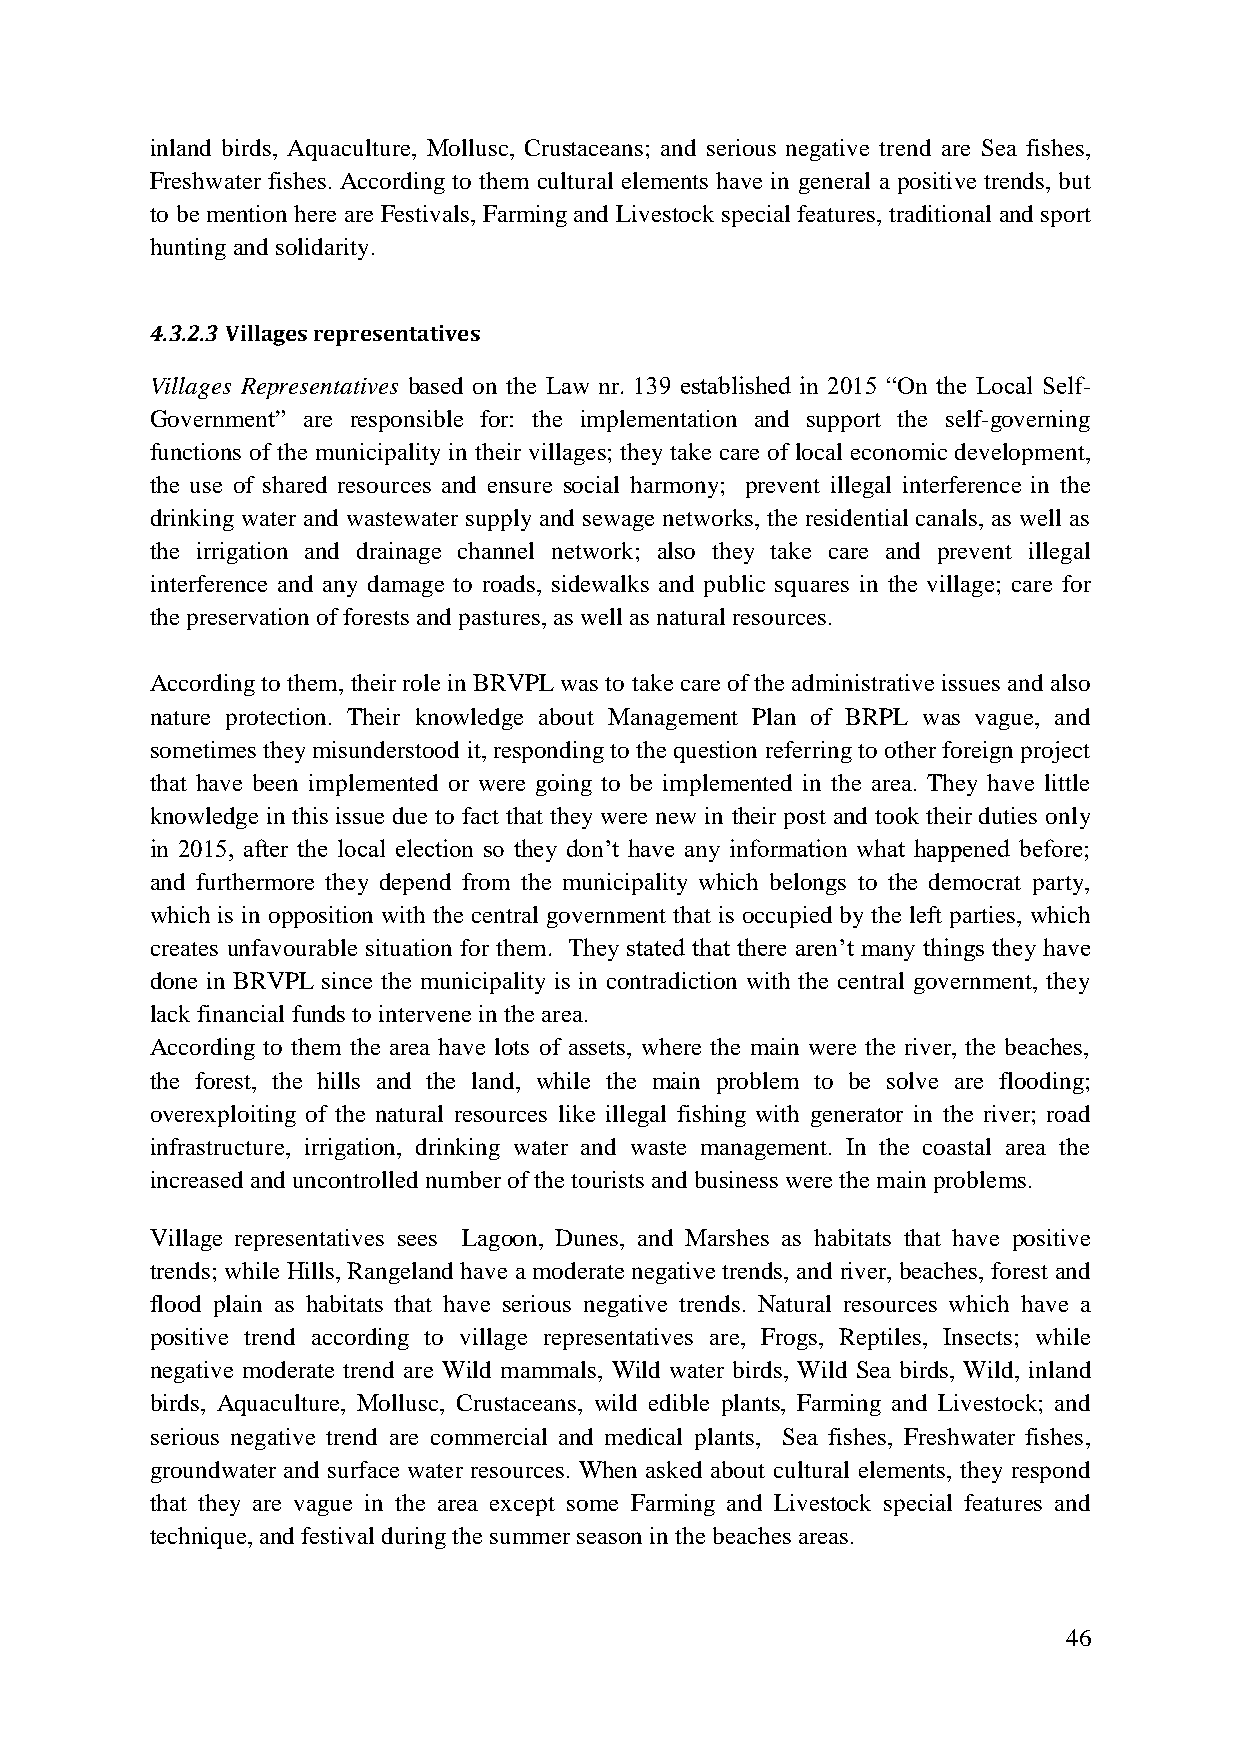
inland birds, Aquaculture, Mollusc, Crustaceans; and serious negative trend are Sea fishes,
 Freshwater fishes. According to them cultural elements have in general a positive trends, but
 to be mention here are Festivals, Farming and Livestock special features, traditional and sport
 hunting and solidarity.
 4.3.2.3 Villages representatives
 Villages Representatives based on the Law nr. 139 established in 2015 “On the Local Self-
 Government” are responsible for: the implementation and support the self-governing
 functions of the municipality in their villages; they take care of local economic development,
 the use of shared resources and ensure social harmony; prevent illegal interference in the
 drinking water and wastewater supply and sewage networks, the residential canals, as well as
 the irrigation and drainage channel network; also they take care and prevent illegal
 interference and any damage to roads, sidewalks and public squares in the village; care for
 the preservation of forests and pastures, as well as natural resources.
 According to them, their role in BRVPL was to take care of the administrative issues and also
 nature protection. Their knowledge about Management Plan of BRPL was vague, and
 sometimes they misunderstood it, responding to the question referring to other foreign project
 that have been implemented or were going to be implemented in the area. They have little
 knowledge in this issue due to fact that they were new in their post and took their duties only
 in 2015, after the local election so they don‟t have any information what happened before;
 and furthermore they depend from the municipality which belongs to the democrat party,
 which is in opposition with the central government that is occupied by the left parties, which
 creates unfavourable situation for them. They stated that there aren‟t many things they have
 done in BRVPL since the municipality is in contradiction with the central government, they
 lack financial funds to intervene in the area.
 According to them the area have lots of assets, where the main were the river, the beaches,
 the forest, the hills and the land, while the main problem to be solve are flooding;
 overexploiting of the natural resources like illegal fishing with generator in the river; road
 infrastructure, irrigation, drinking water and waste management. In the coastal area the
 increased and uncontrolled number of the tourists and business were the main problems.
 Village representatives sees Lagoon, Dunes, and Marshes as habitats that have positive
 trends; while Hills, Rangeland have a moderate negative trends, and river, beaches, forest and
 flood plain as habitats that have serious negative trends. Natural resources which have a
 positive trend according to village representatives are, Frogs, Reptiles, Insects; while
 negative moderate trend are Wild mammals, Wild water birds, Wild Sea birds, Wild, inland
 birds, Aquaculture, Mollusc, Crustaceans, wild edible plants, Farming and Livestock; and
 serious negative trend are commercial and medical plants, Sea fishes, Freshwater fishes,
 groundwater and surface water resources. When asked about cultural elements, they respond
 that they are vague in the area except some Farming and Livestock special features and
 technique, and festival during the summer season in the beaches areas.
 46